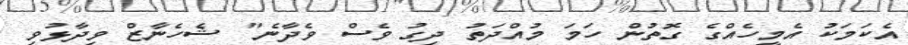
އެކަމަކު އެމީހެއްގެ ގޮތުން ހަމަ މުއްދަތު ދިގު ވެސް ވެދާނެ" ޝެހެނާޒް ވިދާޅުވި